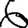
Digit: 6